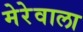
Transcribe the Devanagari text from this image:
मेरेवाला